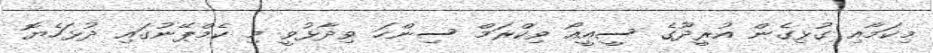
މިކަމާއި ގުޅިގެން އުރީދޫގެ ސީއީއޯ ވިކްރަމް ސިންހަ ވިދާޅުވީ މި ކެމްޕޭނުގައި ދުޅަހެޔޮ